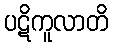
ပဋိကူလာတိ